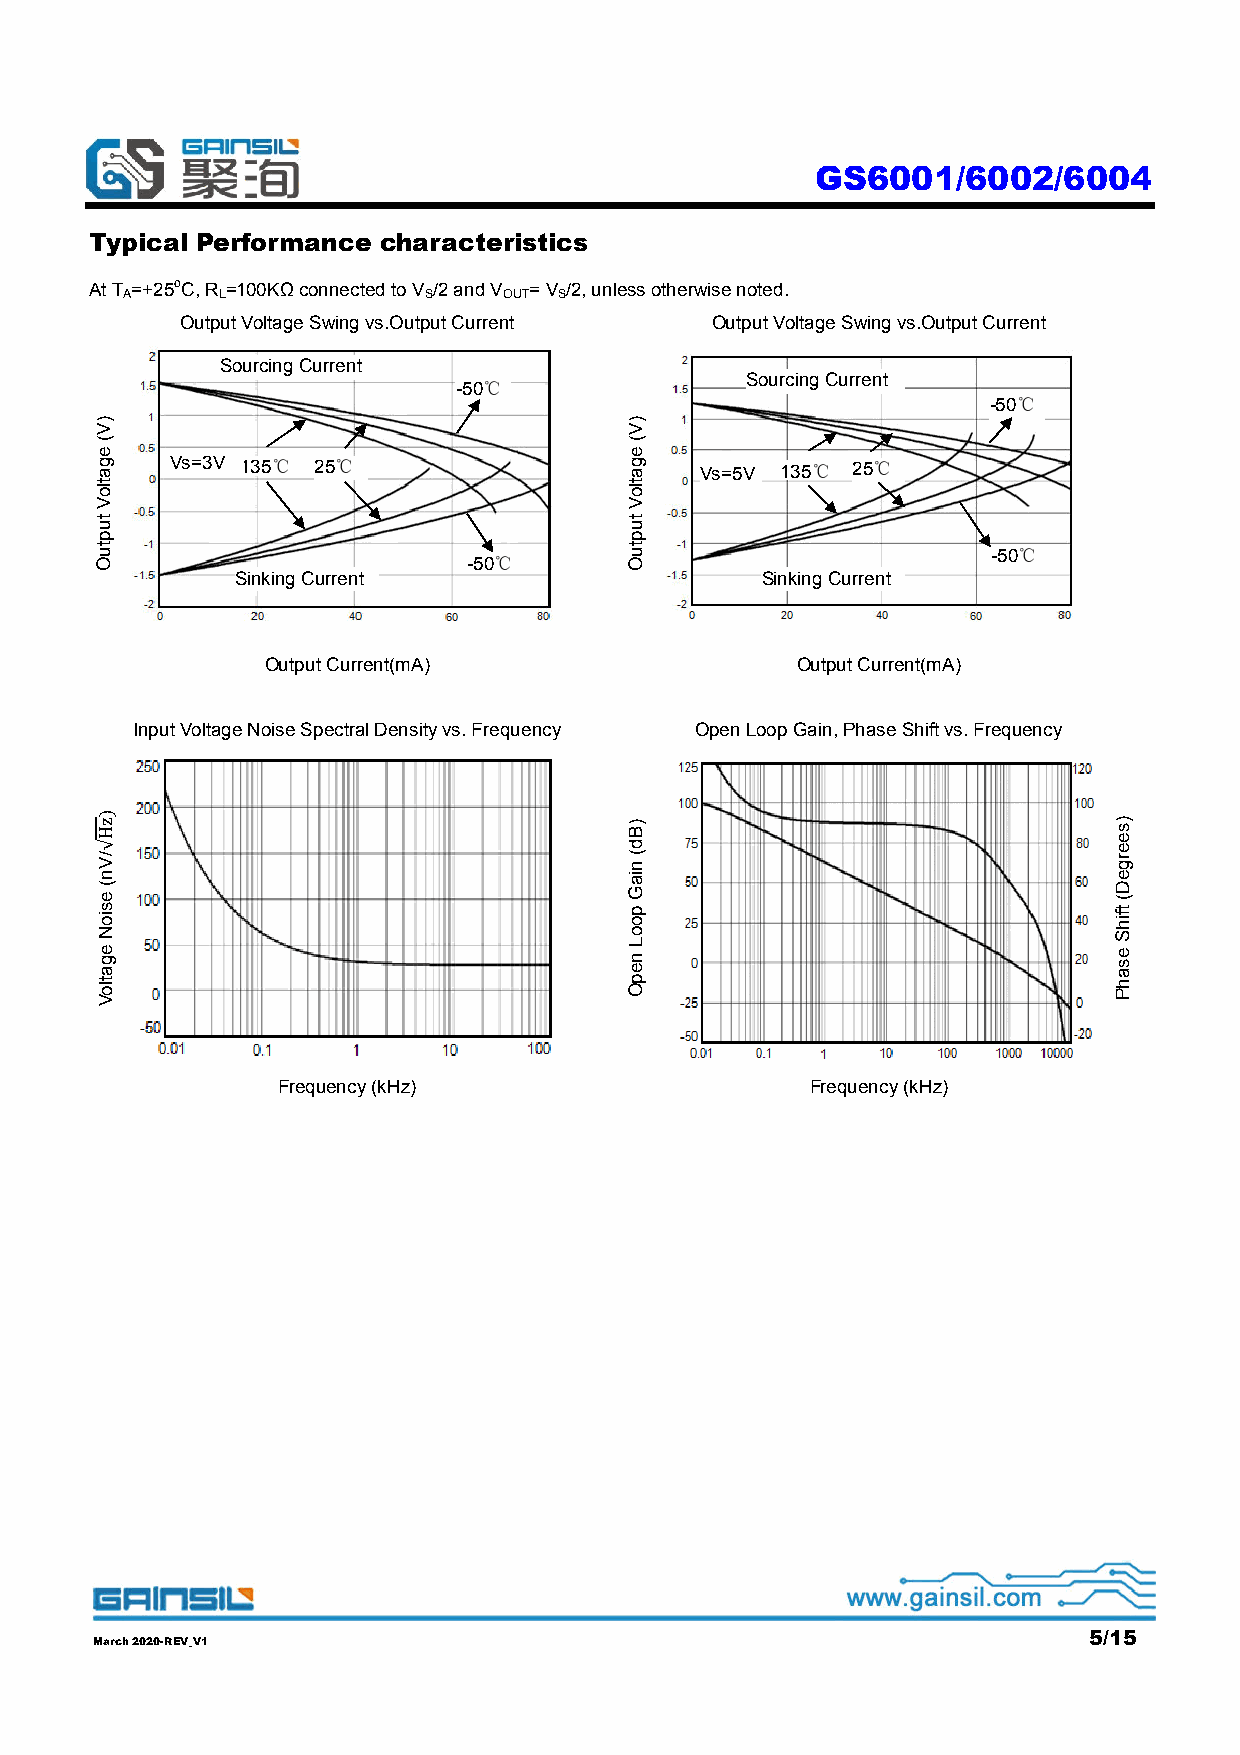
GS6001/6002/6004
 Typical Performance characteristics
 At T =+25oC, R =100KΩ connected to V /2 and V = V /2, unless otherwise noted.
 A     L             S    OUT S
 Output Voltage Swing vs.Output Current Output Voltage Swing vs.Output Current
 Sourcing Current
 -50℃               Sourcing Current
 -50℃
 Vs=3V 135℃ 25℃
 Vs=5V
 135℃ 25℃
 -50℃
 -50℃
 Sinking Current                   Sinking Current
 Output Current(mA)                 Output Current(mA)
 Input Voltage Noise Spectral Density vs. Frequency Open Loop Gain, Phase Shift vs. Frequency
 Frequency (kHz)                     Frequency (kHz)
 5/15
 March 2020-REV_V1
 )V(
 egatloV
 tuptuO
 )zH√/Vn(
 esioN
 egatloV
 )V(
 egatloV
 tuptuO
 )Bd(
 niaG
 pooL
 nepO
 )seergeD(
 tfihS
 esahP